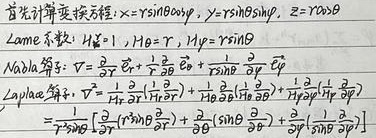
首先计算变换方程：\(x = r\sin\theta\cos\varphi\)，\(y = r\sin\theta\sin\varphi\)，\(z = r\cos\theta\)。
Lame系数：\(H_r = 1\)，\(H_\theta = r\)，\(H_\varphi = r\sin\theta\)。
\nabla 算符：\(\nabla=\frac{\partial}{\partial r}\vec{e}_r + \frac{1}{r}\frac{\partial}{\partial\theta}\vec{e}_\theta + \frac{1}{r\sin\theta}\frac{\partial}{\partial\varphi}\vec{e}_\varphi\)。
Laplace算符：
\[\begin{align*}
\nabla^2&=\frac{1}{H_r^2}\frac{\partial}{\partial r}(H_\theta H_\varphi\frac{\partial}{\partial r})+\frac{1}{H_\theta^2}\frac{\partial}{\partial\theta}(\frac{H_r H_\varphi}{H_\theta}\frac{\partial}{\partial\theta})+\frac{1}{H_\varphi^2}\frac{\partial}{\partial\varphi}(\frac{H_r H_\theta}{H_\varphi}\frac{\partial}{\partial\varphi})\\
&=\frac{1}{r^2\sin\theta}[\frac{\partial}{\partial r}(r^2\sin\theta\frac{\partial}{\partial r})+\frac{\partial}{\partial\theta}(\sin\theta\frac{\partial}{\partial\theta})+\frac{\partial}{\partial\varphi}(\frac{1}{\sin\theta}\frac{\partial}{\partial\varphi})]
\end{align*}\]